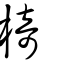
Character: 椅